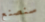
سنصنع